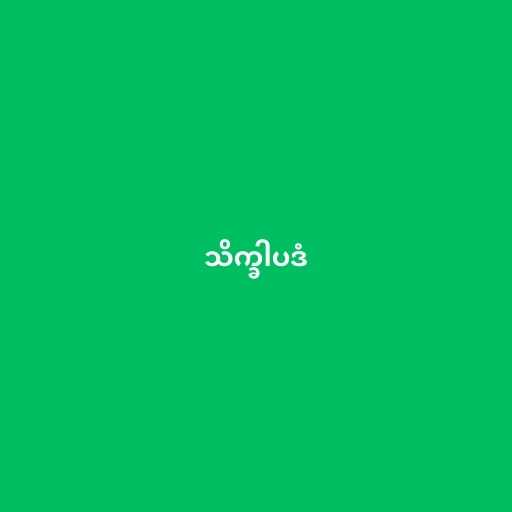
သိက္ခါပဒံ